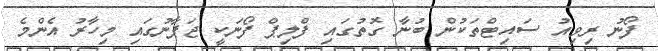
ފޯނު ރިވިއު ސައިޓްތަކުން ބުނާ ގޮތުގައި ފްލިޕް ފޯނަކީ ޖަޕާނުގައި މިހާރު އެންމެ